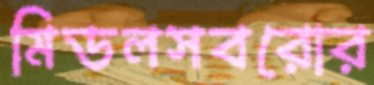
মিডলসবরোর